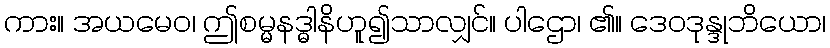
ကား။ အယမေဝ၊ ဤစမ္မနဒ္ဓါနိဟူ၍သာလျှင်။ ပါဌော၊ ၏။ ဒေဝဒုန္ဒုဘိယော၊